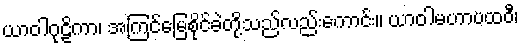
ယာဝါဂုဠိကာ၊ အကြင်မြေစိုင်ခဲတို့သည်လည်းကောင်း။ ယာဝါမဟာပထဝီ၊